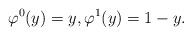
LaTeX: \begin{align*}\varphi^0(y)=y,\varphi^1(y)=1-y.\end{align*}